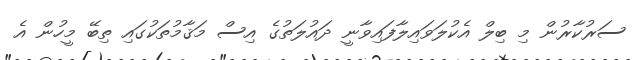
ސަރުކާރުން މި ބިލް އެކުލަވައިލާފައިވާނީ ދައުލަތުގެ އިސް މަޤާމުތަކުގައި ތިބޭ މީހުން އެ